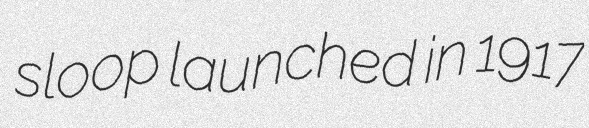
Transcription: sloop launched in 1917